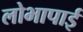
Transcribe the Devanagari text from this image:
लोभापाई